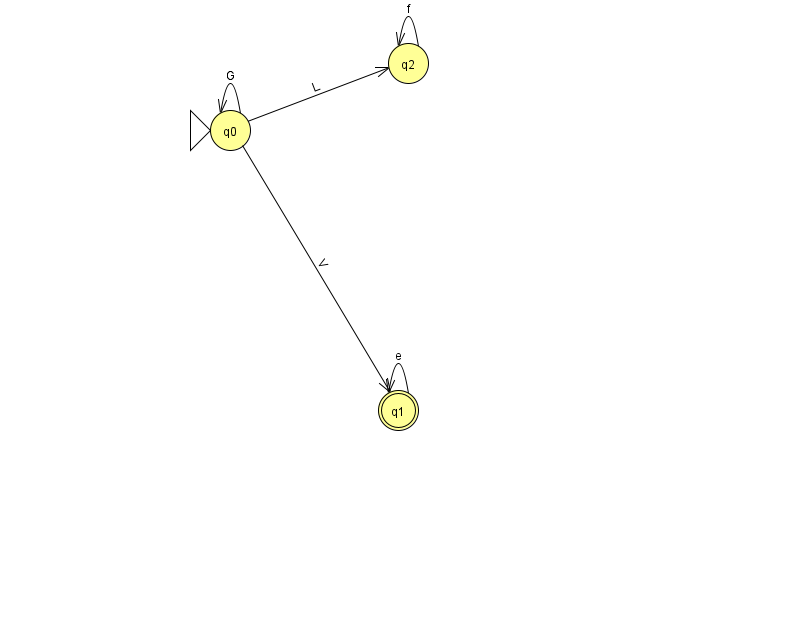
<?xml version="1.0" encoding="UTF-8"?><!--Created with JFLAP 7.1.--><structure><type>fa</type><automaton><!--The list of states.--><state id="0" name="q0"><x>230.0</x><y>117.0</y><initial/></state><state id="1" name="q1"><x>398.0</x><y>397.0</y><final/></state><state id="2" name="q2"><x>408.0</x><y>50.0</y></state><!--The list of transitions.--><transition><from>0</from><to>2</to><read>L</read></transition><transition><from>1</from><to>1</to><read>e</read></transition><transition><from>2</from><to>2</to><read>f</read></transition><transition><from>0</from><to>0</to><read>G</read></transition><transition><from>0</from><to>1</to><read>V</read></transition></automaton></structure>